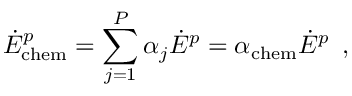
\dot { E } _ { \mathrm { c h e m } } ^ { p } = \sum _ { j = 1 } ^ { P } \alpha _ { j } \dot { E } ^ { p } = \alpha _ { \mathrm { c h e m } } \dot { E } ^ { p } \, \mathrm { ~ , ~ }